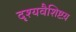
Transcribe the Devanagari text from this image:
दृश्यवैशिष्टय़